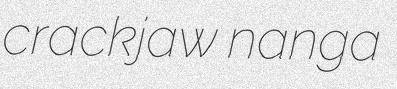
crackjaw nanga